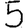
Digit: 5